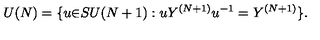
U ( N ) = \{ u { \in } S U ( N + 1 ) : u Y ^ { ( N + 1 ) } u ^ { - 1 } = Y ^ { ( N + 1 ) } \} .